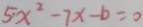
5 x ^ { 2 } - 7 x - b = 0